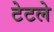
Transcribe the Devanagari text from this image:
टेटले